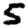
Digit: 5